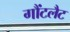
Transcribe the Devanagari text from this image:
गौंटलैट